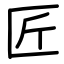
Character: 匠